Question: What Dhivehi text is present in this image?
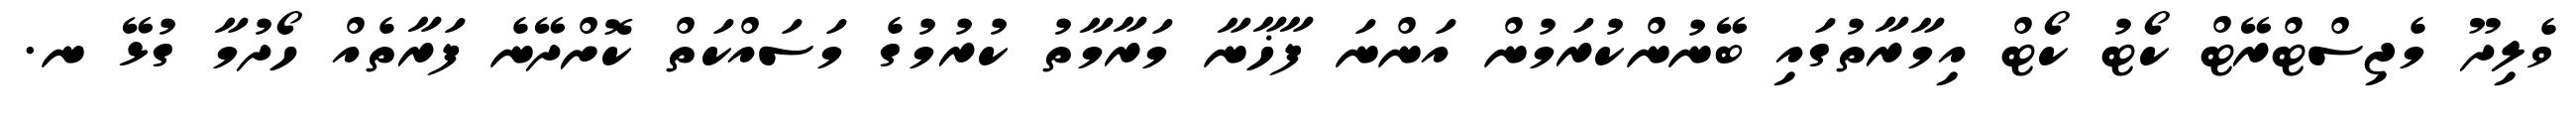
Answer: ވެލިދޫ މެޖިސްޓްރޭޓް ކޯޓު ކޯޓް އިމާރާތުގައި ބޭނުންކުރަމުން އަންނަ ފާޚާނާ މަރާމާތު ކުރުމުގެ މަސައްކަތް ކޮށްދޭނެ ފަރާތެއް ހޯދުމާ ގުޅޭ ނ.